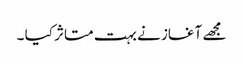
مجھے آغاز نے بہت متاثر کیا ۔